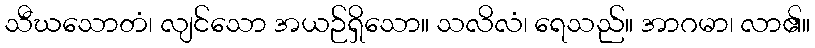
သီဃသောတံ၊ လျင်သော အယဉ်ရှိသော။ သလိလံ၊ ရေသည်။ အာဂမာ၊ လာ၏။